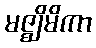
မဇ္ဈိမိကာ